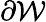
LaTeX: {\partial\mathcal W}